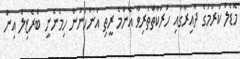
މޮޑެލް ކުރުމުގެ ދާއިރާގައި ހަރަކާތްތެރިވާ އެންމެ ރީތި އަންހެނުން ހިމެނެނީ ބްރެޒިލް އިން